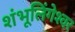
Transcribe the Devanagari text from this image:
शंभूलिंगेश्‍वर